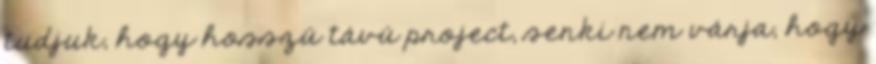
tudjuk, hogy hosszú távú project, senki nem várja, hogy